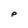
Character: p